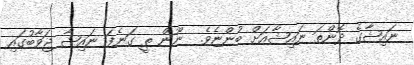
ނައިޝާގެ ދޮންތަ ނައިޝާއަށް ބުންޏެވެ.  ނޫން ތީ ގަނެފަ ނައިޝާ ޖަވާބުގައި